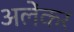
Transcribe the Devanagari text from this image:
अलेंकर